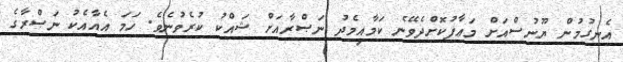
އެނގުމުން ޔޫނުސްއަށް މަޢާފުކޮށްދެވޭނެ ކަމާއިމެދު ނަޞްރާއަށް ޝައްކު ކުރެވުނެވެ. ހަމަ އެއާއެކު ނަޞްރާގެ